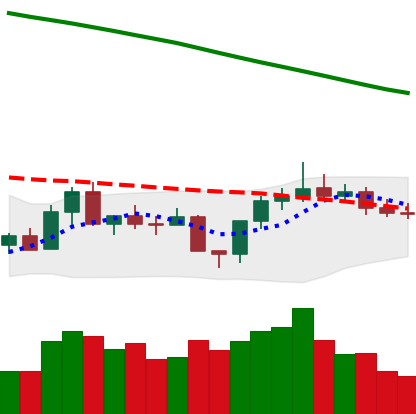
Ticker: XLM-USD
Chart end date: 2022-08-04
Forward return: 7.315%
Label: up_7plus